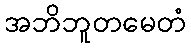
အဘိဘူတမေတံ